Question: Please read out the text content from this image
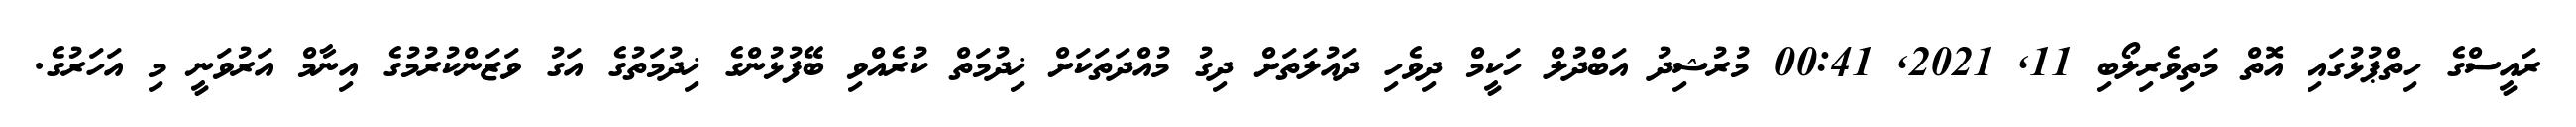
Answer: ރައީސްގެ ހިތްޕުޅުގައި އޮތް މަތިވެރިލޯބި 11, 2021, 00:41 މުރުޝިދު އަބްދުލް ހަކީމް ދިވެހި ދައުލަތަށް ދިގު މުއްދަތަކަށް ޚިދުމަތް ކުރެއްވި ބޭފުޅުންގެ ޚިދުމަތުގެ އަގު ވަޒަންކުރުމުގެ އިނާމް އަރުވަނީ މި އަހަރުގެ.